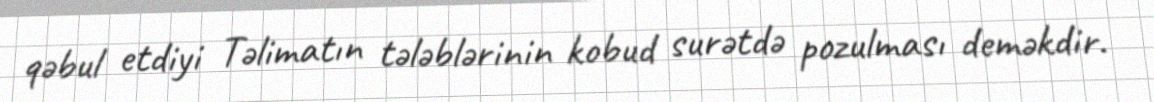
qəbul etdiyi Təlimatın tələblərinin kobud surətdə pozulması deməkdir.